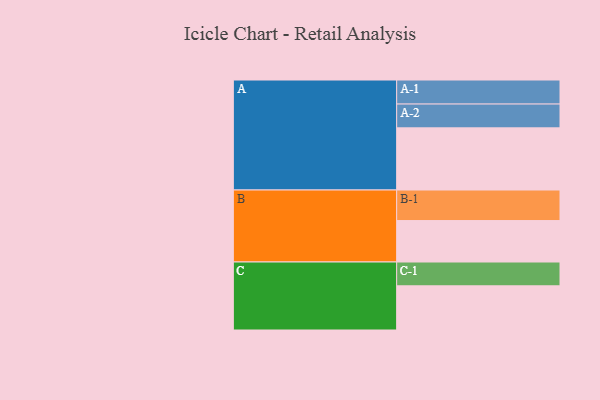
{"axis": {"x": "Segment", "y": "Value"}, "legend": ["", "A", "B", "C"], "data": [{"x": "A", "y": 543, "type": ""}, {"x": "B", "y": 362, "type": ""}, {"x": "C", "y": 386, "type": ""}, {"x": "A-1", "y": 210, "type": "A"}, {"x": "A-2", "y": 208, "type": "A"}, {"x": "B-1", "y": 267, "type": "B"}, {"x": "C-1", "y": 208, "type": "C"}]}